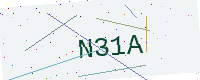
Text: N31A